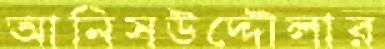
আনিসউদ্দৌলার